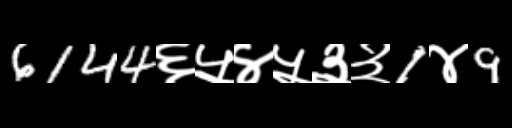
Text: 6144६५४५३३1४9